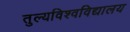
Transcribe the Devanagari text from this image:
तुल्यविश्वविद्यालय